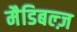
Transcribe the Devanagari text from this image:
मैडिबल्ज़